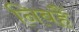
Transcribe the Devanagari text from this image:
निबहैं